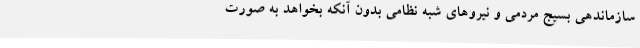
سازماندهی بسیج مردمی و نیروهای شبه نظامی بدون آنکه بخواهد به صورت